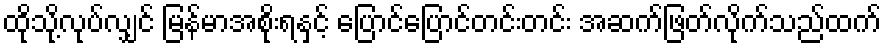
ထိုသို့လုပ်လျှင် မြန်မာအစိုးရနှင့် ပြောင်ပြောင်တင်းတင်း အဆက်ဖြတ်လိုက်သည်ထက်